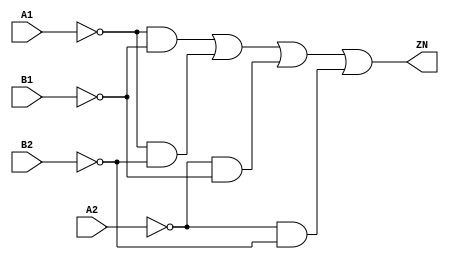
// Copyright 2022 GlobalFoundries PDK Authors
//
// Licensed under the Apache License, Version 2.0 (the "License");
// you may not use this file except in compliance with the License.
// You may obtain a copy of the License at
//
//      http://www.apache.org/licenses/LICENSE-2.0
//
// Unless required by applicable law or agreed to in writing, software
// distributed under the License is distributed on an "AS IS" BASIS,
// WITHOUT WARRANTIES OR CONDITIONS OF ANY KIND, either express or implied.
// See the License for the specific language governing permissions and
// limitations under the License.

module gf180mcu_fd_sc_mcu7t5v0__aoi22_2( B2, B1, ZN, A2, A1 );
input A1, A2, B1, B2;
output ZN;

	wire A1_inv_for_gf180mcu_fd_sc_mcu7t5v0__aoi22_2;

	not MGM_BG_0( A1_inv_for_gf180mcu_fd_sc_mcu7t5v0__aoi22_2, A1 );

	wire B1_inv_for_gf180mcu_fd_sc_mcu7t5v0__aoi22_2;

	not MGM_BG_1( B1_inv_for_gf180mcu_fd_sc_mcu7t5v0__aoi22_2, B1 );

	wire ZN_row1;

	and MGM_BG_2( ZN_row1, A1_inv_for_gf180mcu_fd_sc_mcu7t5v0__aoi22_2, B1_inv_for_gf180mcu_fd_sc_mcu7t5v0__aoi22_2 );

	wire B2_inv_for_gf180mcu_fd_sc_mcu7t5v0__aoi22_2;

	not MGM_BG_3( B2_inv_for_gf180mcu_fd_sc_mcu7t5v0__aoi22_2, B2 );

	wire ZN_row2;

	and MGM_BG_4( ZN_row2, A1_inv_for_gf180mcu_fd_sc_mcu7t5v0__aoi22_2, B2_inv_for_gf180mcu_fd_sc_mcu7t5v0__aoi22_2 );

	wire A2_inv_for_gf180mcu_fd_sc_mcu7t5v0__aoi22_2;

	not MGM_BG_5( A2_inv_for_gf180mcu_fd_sc_mcu7t5v0__aoi22_2, A2 );

	wire ZN_row3;

	and MGM_BG_6( ZN_row3, A2_inv_for_gf180mcu_fd_sc_mcu7t5v0__aoi22_2, B1_inv_for_gf180mcu_fd_sc_mcu7t5v0__aoi22_2 );

	wire ZN_row4;

	and MGM_BG_7( ZN_row4, A2_inv_for_gf180mcu_fd_sc_mcu7t5v0__aoi22_2, B2_inv_for_gf180mcu_fd_sc_mcu7t5v0__aoi22_2 );

	or MGM_BG_8( ZN, ZN_row1, ZN_row2, ZN_row3, ZN_row4 );

endmodule